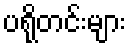
ပရိုတင်းများ